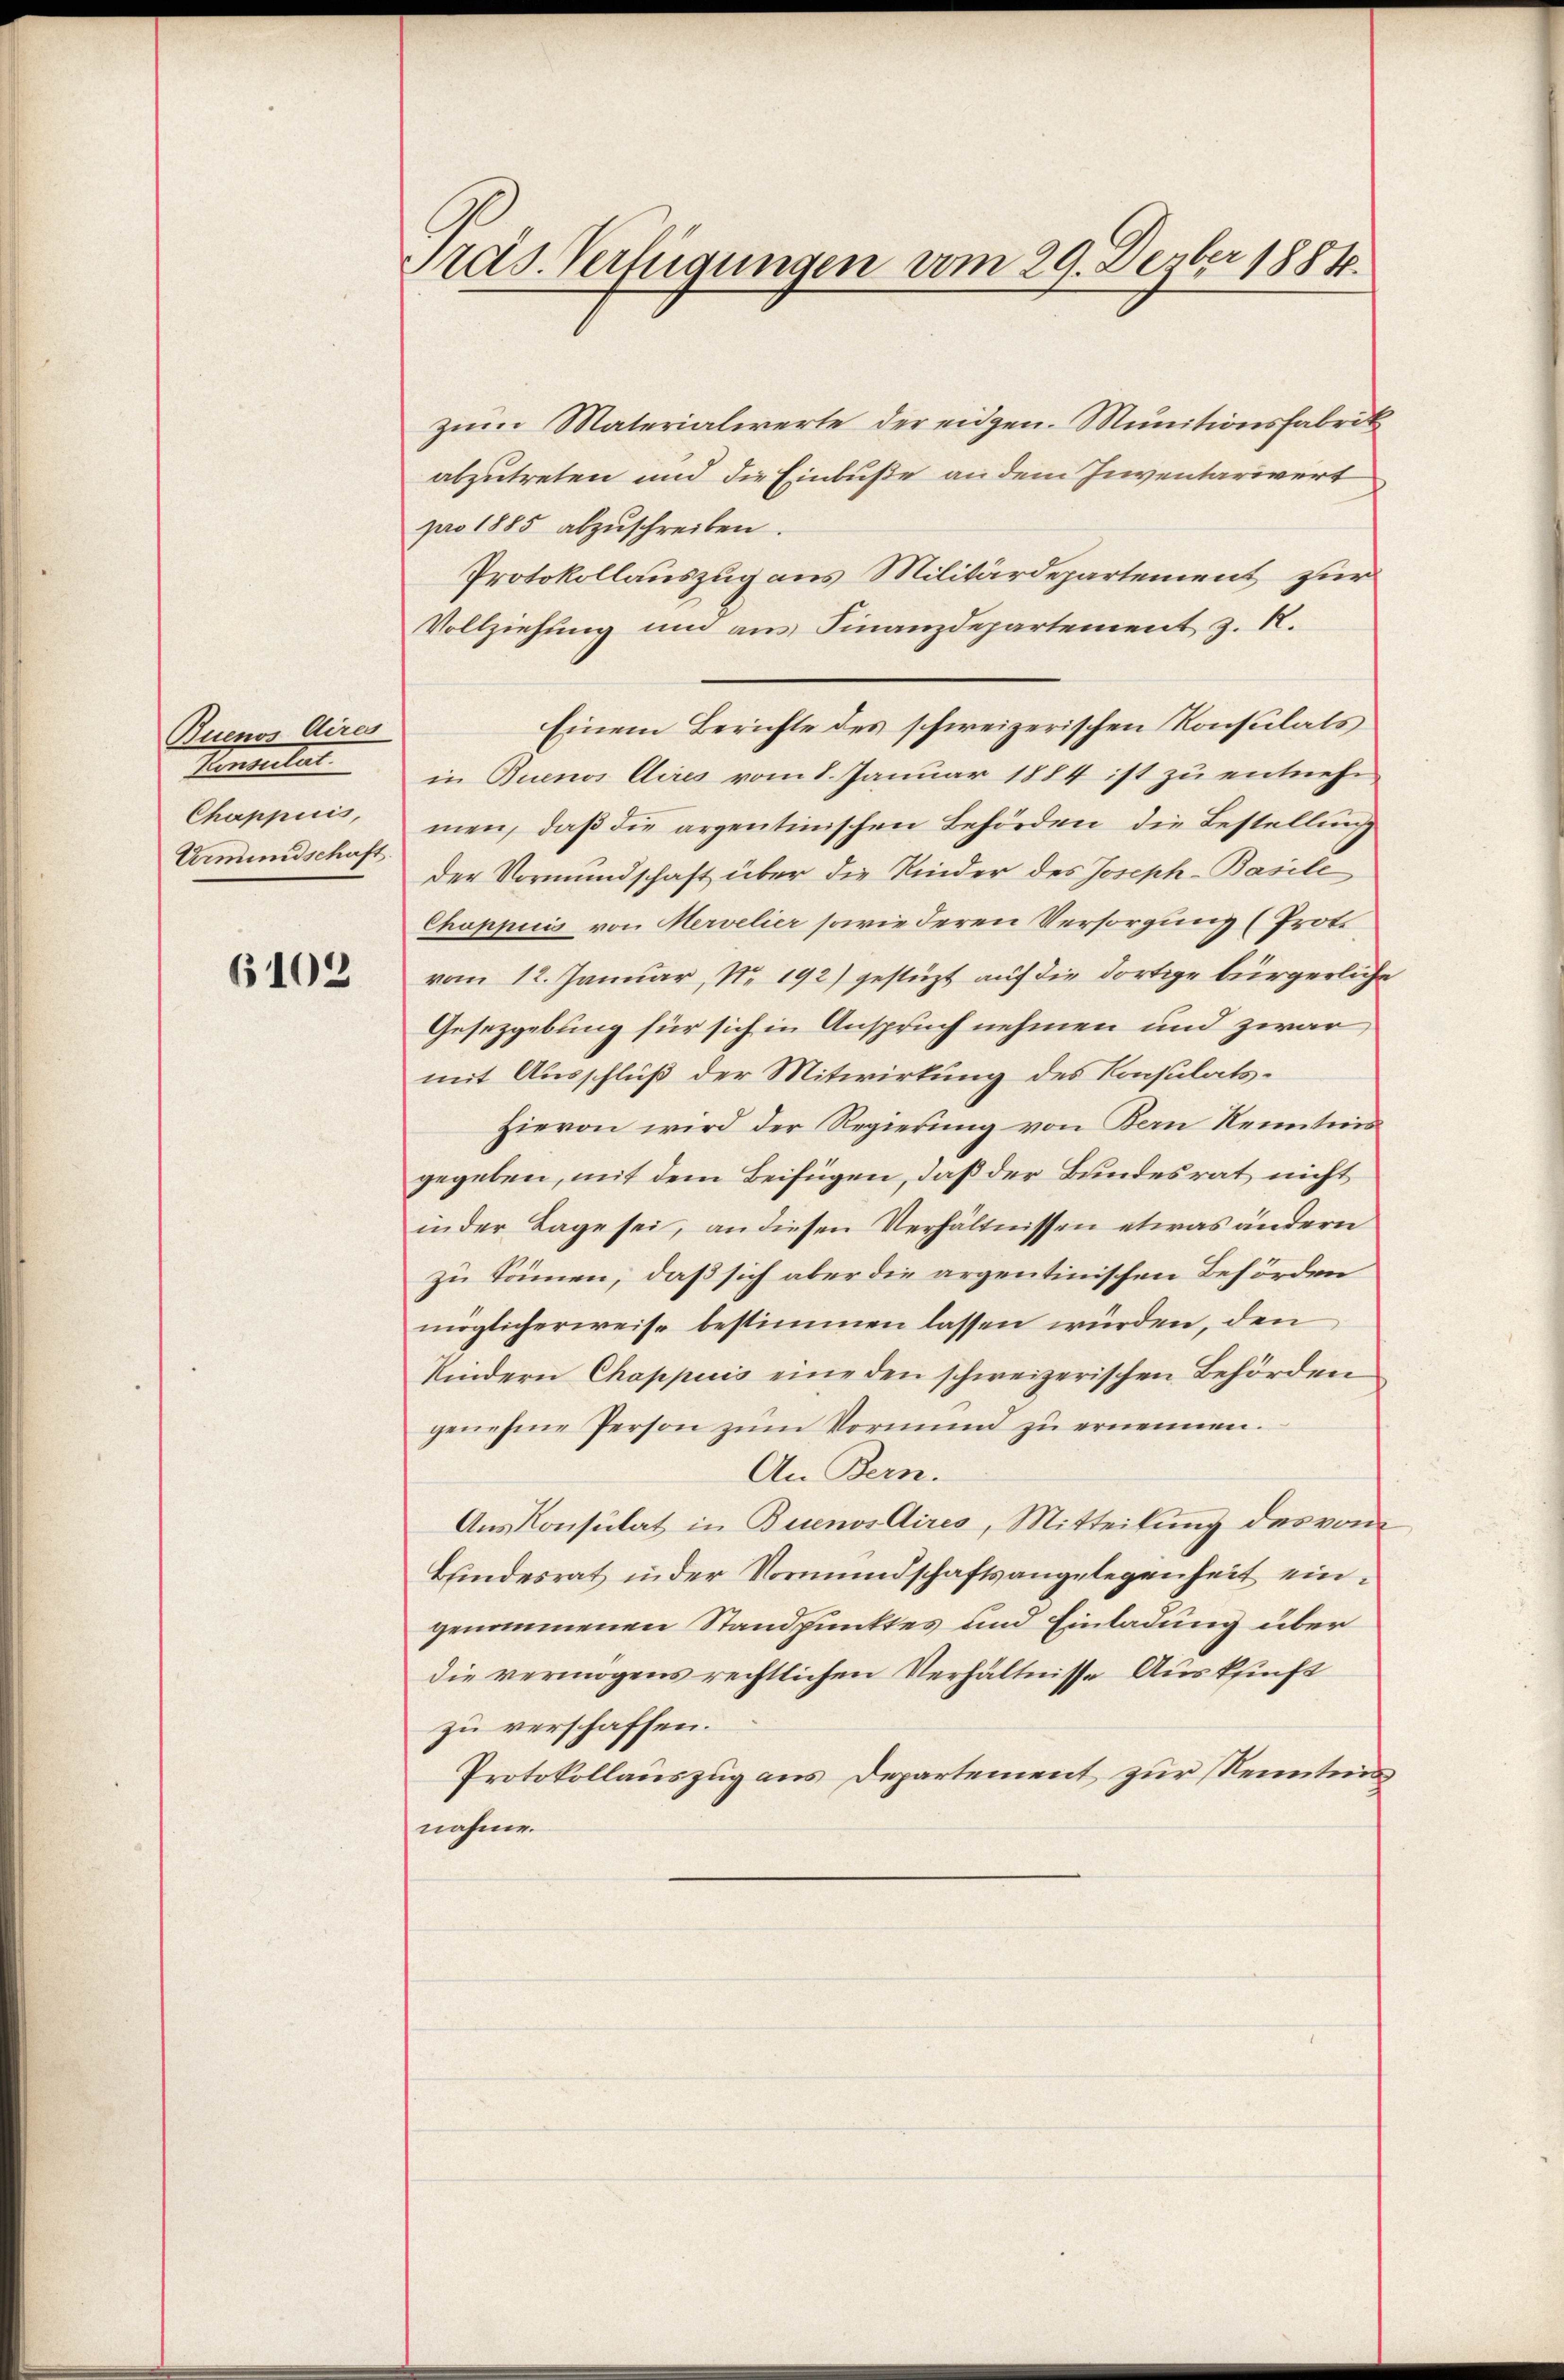
Buenos Aires
Konseiter
Chappiiis,
Urmundschaft.

6102

ras. Verfügungen vom 29. Dezber 1884.

zum Materialierte der eidgen. Munitionsfabrik
abzutreten und die Einbuße an dem Inventarivert
pro 1885 abzuschreiben.
Protokollauszug aus Militärdepartement zur
Vollziehung um aus Finanzdepartement z. R.
Einem Berichte des schweizerischen Konsulats
in Buenos Aires vom 8. Januar 1884 ist zu entnehmen, daß die argentinischen Behörden die Bestellung
der Vormundschaft über die Kinder des Joseph-Basili
Chuppiis von Mervelier sowie deren Versorgung (Proto
vom 12. Januar, No. 192) gestüzt auf die dortige bürgerliche
Gesetzgebung für sich in Anspruch nehmen und zwar
mit Ausschluß der Mitwirkung des Konsulats¬
Hievon wird der Regierung von Bern Kenntins
gegeben, mit dem Beifügen, daß der Bundesrat nicht
in der Tage sei, an diesen Verhältnissen etwas ändern
zu können, daß sich aber die argentinischen Behörden
möglicherweise bestimmen lassen würden, den
Kindern Chappuis eine den schweizerischen Behörden
genehme Person zum Vormund zu ernennen.
An Bern.
Aus Konsulat in Buenos Aires, Mitteilung des vom
Bundesrat in der Vormundschaftsangelegenheit eingenommenen Standpunktes und Einladung über
die vermögens rechtlichen Verhältnisse Auskunft
zu verschaffen.
Protokollauszug aus Departement zur Kenntnis
nahme.